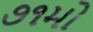
૭૧મો